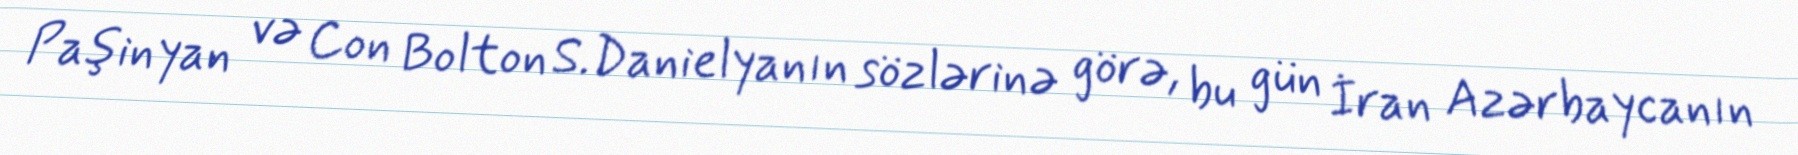
Paşinyan və Con Bolton S.Danielyanın sözlərinə görə, bu gün İran Azərbaycanın